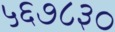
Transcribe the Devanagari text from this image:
५६७८३०